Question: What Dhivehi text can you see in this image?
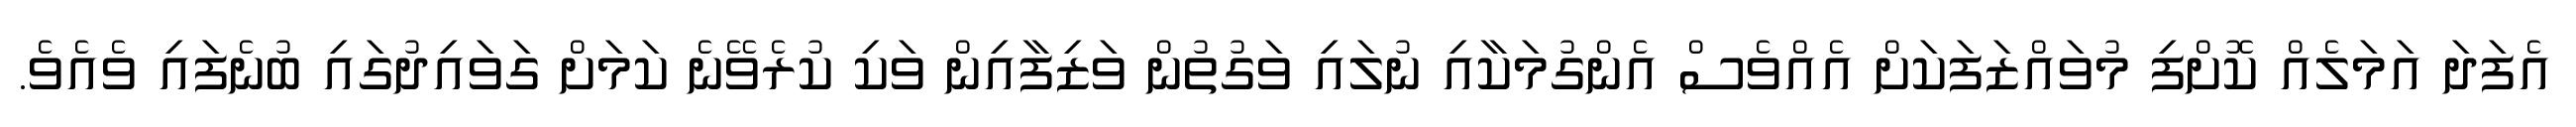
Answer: އެފަދަ އަމަލެއް ކޮށްފި މުވައްޒަފަކަށް އެއްވެސް އެންގުމަކާއި ނުލައި ވަގުތުން ވަޒިފާއިން ވަކި ކުރެވޭނެ ކަމަށް ގަވައިދުގައި ބުނެފައި ވެއެވެ.